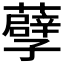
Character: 𮒶